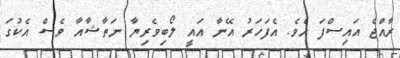
ރާއްޖެ އައިސްފަ އެވެ. އެފަހަރު އޭނާ އައީ ލޯބިވެރިޔާ ނަތާޝާއާ ވެސް އެކުގަ